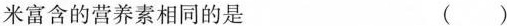
米富含的营养素相同的是 ( )